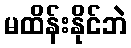
မထိန်းနိုင်ဘဲ